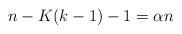
LaTeX: \begin{align*} n-K(k-1)-1 = \alpha n \end{align*}